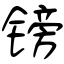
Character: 镑